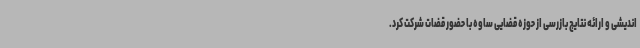
اندیشی و ارائه نتایج بازرسی از حوزه قضایی ساوه با حضور قضات شرکت کرد.